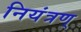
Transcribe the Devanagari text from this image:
नियंत्रण्‌